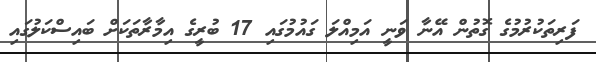
ފަރިތަކުރުމުގެ ގޮތުން އޭނާ ވަނީ އަމިއްލަ ގައުމުގައި 17 ބުރީގެ އިމާރާތަކަށް ބައިސްކަލުގައި